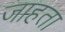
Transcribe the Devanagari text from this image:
जाहता